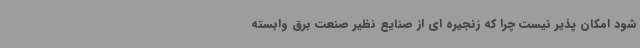
شود امکان پذیر نیست چرا که زنجیره ای از صنایع نظیر صنعت برق وابسته